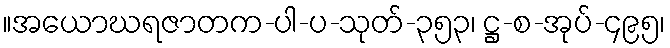
။အယောဃရဇာတက-ပါ-ပ-သုတ်-၃၅၃၊ ဋ္ဌ-စ-အုပ်-၄၉၅၊